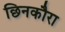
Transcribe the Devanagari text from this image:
छिनकौरा